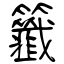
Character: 籤